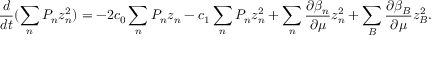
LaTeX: \frac { d } { d t } ( \sum _ { n } P _ { n } z _ { n } ^ { 2 } ) = - 2 c _ { 0 } \sum _ { n } P _ { n } z _ { n } - c _ { 1 } \sum _ { n } P _ { n } z _ { n } ^ { 2 } + \sum _ { n } \frac { \partial \beta _ { n } } { \partial \mu } z _ { n } ^ { 2 } + \sum _ { B } \frac { \partial \beta _ { B } } { \partial \mu } z _ { B } ^ { 2 } .